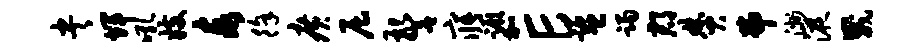
央辉吼妓泰徐广屈警寤蹶加E监躅郡焚弗洲液崴